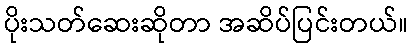
ပိုးသတ်ဆေးဆိုတာ အဆိပ်ပြင်းတယ်။